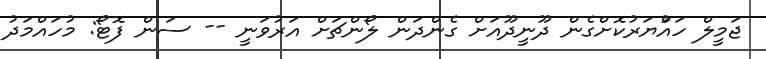
ޖަމީލް ހައްުޔަރުކޮށްގެން ދޫނީދޫއަށް ގެންދަން ލޯންޗަށް އަރުވަނީ -- ސަން ފޮޓޯ: މުހައްމަދު